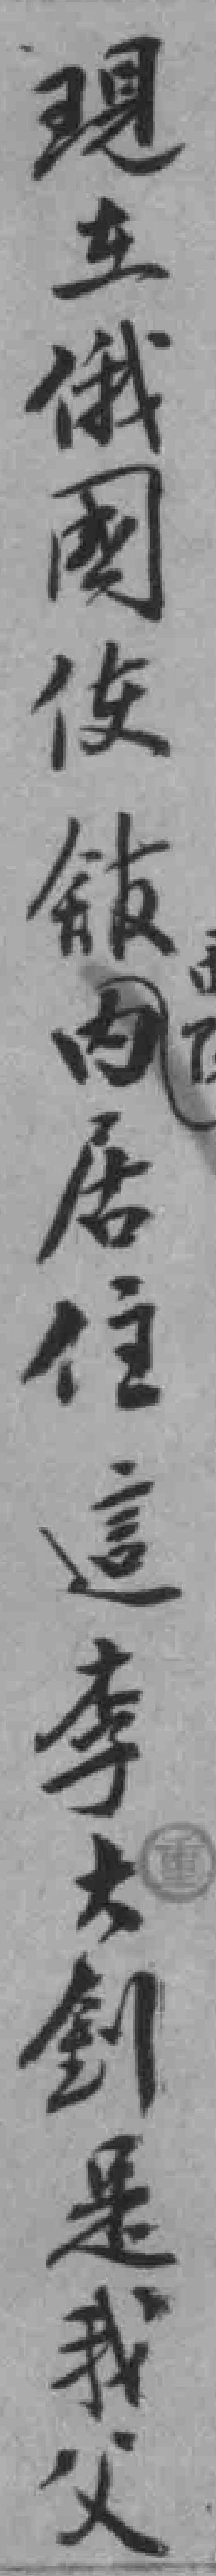
現在俄國使舘内居住這李大釗是我父